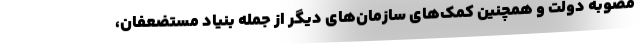
مصوبه دولت و همچنین کمک‌های سازمان‌های دیگر از جمله بنیاد مستضعفان،